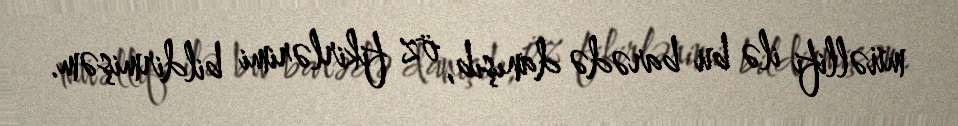
müəllifi ilə bu barədə danışıb, öz fikirlərimi bildirmişəm.